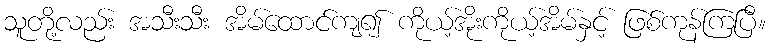
သူတို့လည်း အသီးသီး အိမ်ထောင်ကျ၍ ကိုယ့်အိုးကိုယ့်အိမ်နှင့် ဖြစ်ကုန်ကြပြီ။